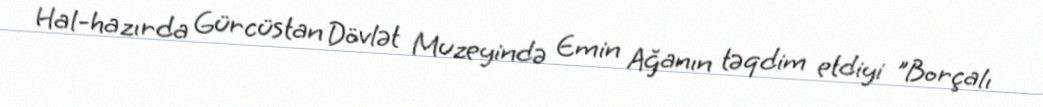
Hal-hazırda Gürcüstan Dövlət Muzeyində Emin Ağanın təqdim etdiyi "Borçalı